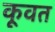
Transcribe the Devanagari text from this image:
कूवत